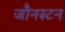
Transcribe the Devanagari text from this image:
जौनस्टन